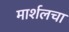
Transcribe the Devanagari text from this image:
मार्शलचा